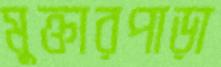
মুক্তারপাড়া